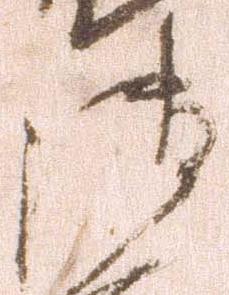
御